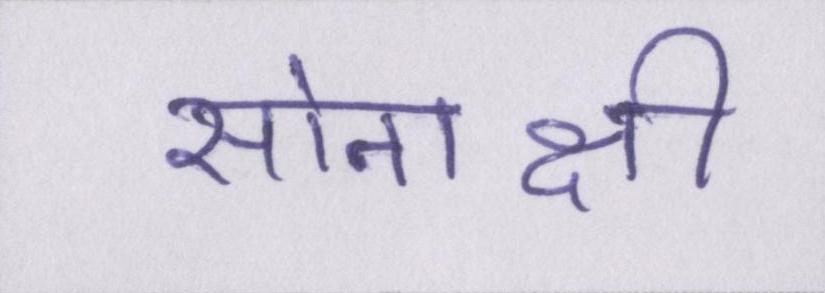
सोनाक्षी